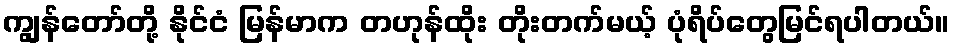
ကျွန်တော်တို့ နိုင်ငံ မြန်မာက တဟုန်ထိုး တိုးတက်မယ့် ပုံရိပ်တွေမြင်ရပါတယ်။